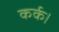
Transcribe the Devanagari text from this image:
कर्क।